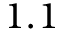
1 . 1